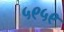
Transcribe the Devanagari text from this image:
५९५९